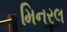
મિનરલ